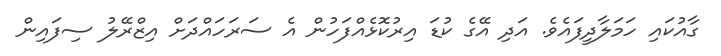
ގާއުކައި ހަމަލާދީފައެވެ. އަދި އޭގެ ކުޑަ އިރުކޮޅެއްފަހުން އެ ސަރަހައްދަށް އިޒްރޭލު ސިފައިން